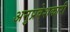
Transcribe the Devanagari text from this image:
अनुप्रवेशकारी